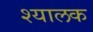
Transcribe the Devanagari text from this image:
श्यालक